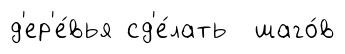
д'ер'е́вья сд'е́лать шаго́в